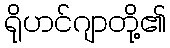
ရိုဟင်ဂျာတို့၏